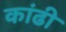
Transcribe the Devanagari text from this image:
कांढी